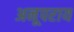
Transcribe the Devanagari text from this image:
अनूपराय